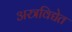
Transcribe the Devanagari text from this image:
अस्त्रविद्येत